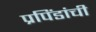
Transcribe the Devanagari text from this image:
प्रपिंडांची